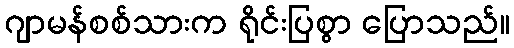
ဂျာမန်စစ်သားက ရိုင်းပြစွာ ပြောသည်။